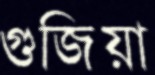
গুজিয়া